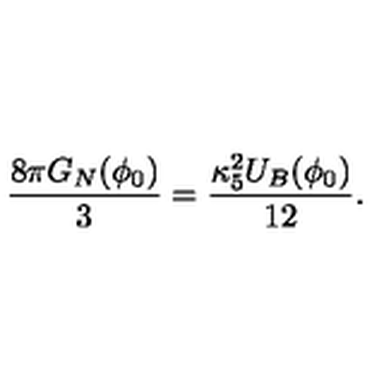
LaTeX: \frac { 8 \pi G _ { N } ( \phi _ { 0 } ) } { 3 } = \frac { \kappa _ { 5 } ^ { 2 } U _ { B } ( \phi _ { 0 } ) } { 1 2 } .